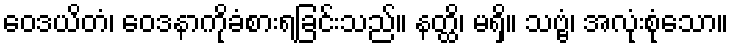
ဝေဒယိတံ၊ ဝေဒနာကိုခံစားရခြင်းသည်။ နတ္ထိ၊ မရှိ။ သဗ္ဗံ၊ အလုံးစုံသော။